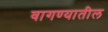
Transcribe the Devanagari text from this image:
वागण्यातील